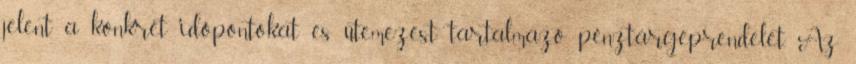
jelent a konkrét időpontokat és ütemezést tartalmazó pénztárgéprendelet. Az